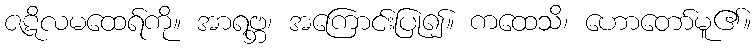
ဇဋိလမထေရ်ကို။ အာရဗ္ဘ၊ အကြောင်းပြု၍။ ကထေသိ၊ ဟောတော်မူ၏။